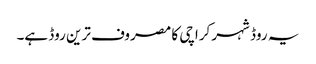
یہ روڈ شہر کراچی کا مصروف ترین روڈ ہے۔